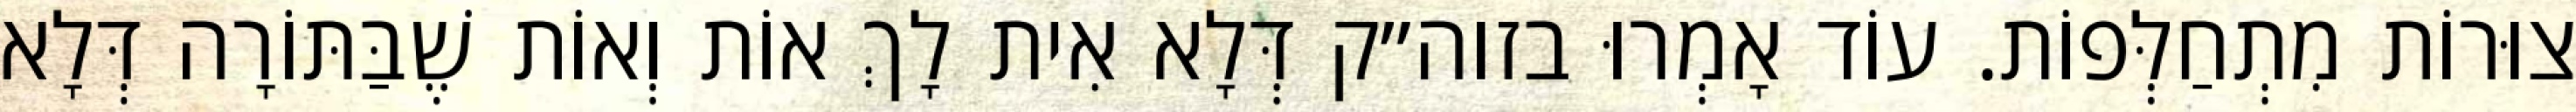
צוּרוֹת מִתְחַלְּפוֹת. עוֹד אָמְרוּ בזוה״ק דְּלָא אִית לָךְ אוֹת וְאוֹת שֶׁבַּתּוֹרָה דְּלָא